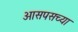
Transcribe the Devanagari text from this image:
आसपसच्या